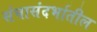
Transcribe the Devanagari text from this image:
संघासंदर्भातील